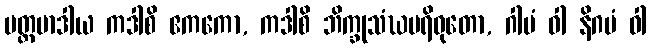
ပတ္တမာဒါယ ကဒါစိ ဧကကော, ကဒါစိ ဘိက္ခုသံဃပရိဝုတော, ဂါမံ ဝါ နိဂမံ ဝါ